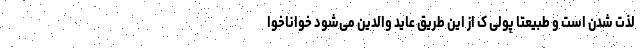
لذت شدن است و طبیعتا پولی ک از این طریق عاید والدین می‌شود خوا‌ناخوا